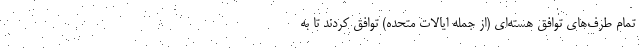
تمام طرف‌های توافق هسته‌ای (از جمله ایالات متحده) توافق کردند تا به